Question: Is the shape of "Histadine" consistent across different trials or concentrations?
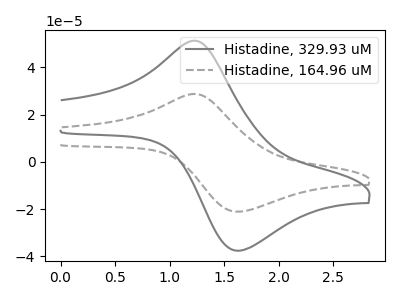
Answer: <think>The gray curve "Histadine, 329.93 uM" has an anodic peak at (1.25V, 51.25uA) and a cathodic peak at (1.65V, -37.60uA). The gray dashed curve "Histadine, 164.96 uM" has an anodic peak at (1.25V, 28.75uA) and a cathodic peak at (1.65V, -21.05uA).
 All the peaks in "Histadine, 329.93 uM" have a peak in "Histadine, 164.96 uM" at the same potential. Every peak in "Histadine, 329.93 uM" is higher than every peak in "Histadine, 164.96 uM".</think>
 <answer>All the CV's of "Histadine" have similar shape.</answer>
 <eval>follow_rule</eval>